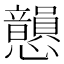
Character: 𢥫